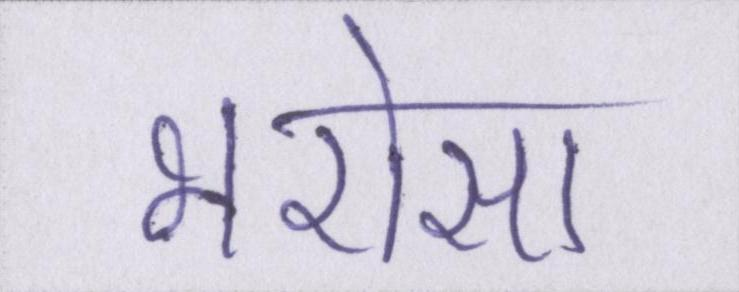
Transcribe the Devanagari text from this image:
भरोसा